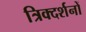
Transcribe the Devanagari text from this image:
त्रिक्दर्शनों